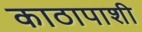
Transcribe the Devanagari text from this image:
काठापाशी